Statistical return of the lunatic asylum in Assam - 1912-1932
Year: 1912
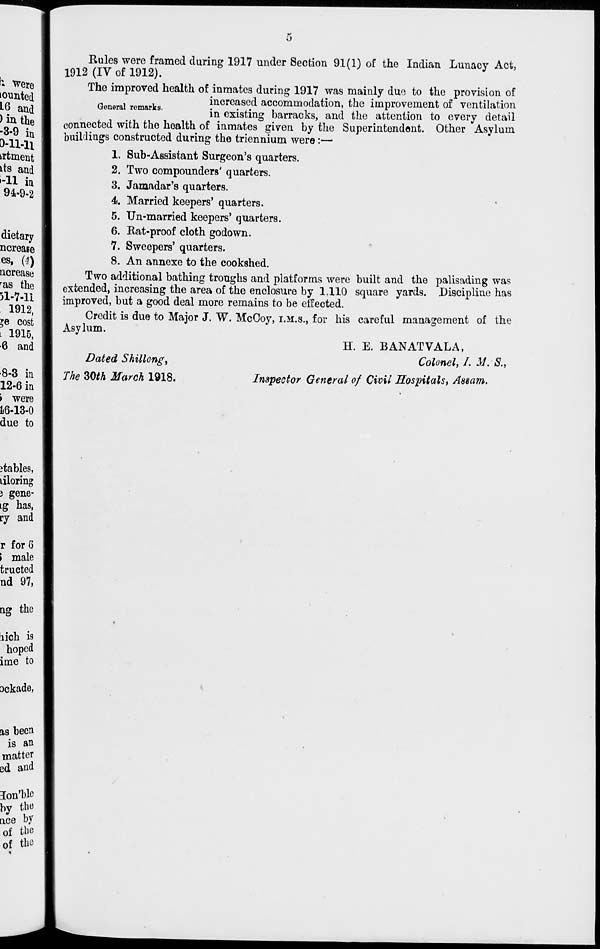
Rules were framed during 1917 under Section 91(1) of the Indian Lunacy Act,
1912 (IV of 1912).
The improved health of inmates during 1917 was mainly due to the provision of
increased accommodation, the improvement of ventilation
in existing barracks, and the attention to every detail
connected with the health of inmates given by the Superintendent. Other Asylum
buildings constructed during the triennium were:—
1. Sub-Assistant Surgeon's quarters.
2. Two compounders' quarters.
3. Jamadar's quarters.
4i. Married keepers' quarters.
5. Un-married keepers' quarters.
6. Rat-proof cloth godown.
7. Sweepers' quarters.
8. An annexe to the cookshed.
Two additional bathing troughs and platforms were built and the palisading was
extended, increasing the area of the enclosure by 1,110 square yards. Discipline has
improved, but a good deal more remains to be effected.
Credit is due to Major J. W. McCoy, I.M.S., for his careful management of the
Asylum.
H. E. BANATVALA,
Dated Shillong,
Colonel, L M. S.,
The ZOth March 1918.
Inspector General of Civil Hospitals, Assam.